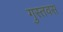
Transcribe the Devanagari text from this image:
गुस्तवस